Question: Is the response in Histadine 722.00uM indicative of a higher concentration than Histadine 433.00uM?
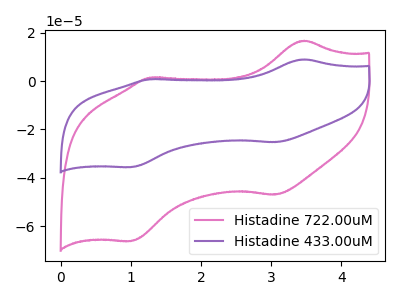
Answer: <think>The pink curve "Histadine 722.00uM" has anodic peaks at (3.45V, 16.75uA) (1.25V, 1.50uA) and cathodic peaks at (3.05V, -47.00uA) (1.00V, -66.25uA). The purple curve "Histadine 433.00uM" has anodic peaks at (3.45V, 9.00uA) (1.25V, 0.80uA) and cathodic peaks at (3.05V, -25.25uA) (1.00V, -35.60uA).
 All the peaks in "Histadine 722.00uM" have a peak in "Histadine 433.00uM" at the same potential. Every peak in "Histadine 722.00uM" is higher than every peak in "Histadine 433.00uM".</think>
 <answer>"Histadine 722.00uM" has more signal than "Histadine 433.00uM".</answer>
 <eval>more_signal</eval>